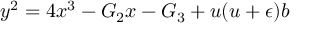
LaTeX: y ^ { 2 } = 4 x ^ { 3 } - { \cal { G } } _ { 2 } x - { \cal { G } } _ { 3 } + u ( u + \epsilon ) b